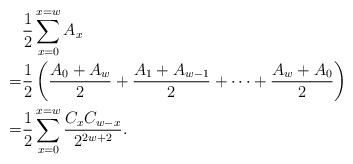
LaTeX: \begin{align*} &\frac{1}{2} \sum_{x=0}^{x=w} A_x \\ = &\frac{1}{2} \left( \frac{A_0 + A_w}{2} + \frac{A_1 + A_{w-1}}{2} + \dots + \frac{A_w + A_0}{2} \right) \\ = & \frac{1}{2} \sum_{x=0}^{x=w} \frac{C_x C_{w-x}}{2^{2w+2}}. \\\end{align*}